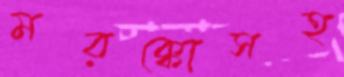
মরক্কোসহ